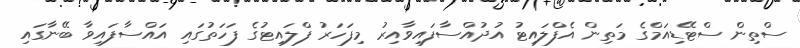
ސްތިން ސްޓޭޑިއަމްގެ މަތިން އެފްލައިޓު އުދުއްސާފައިވާއިރު މިފަހަރު ފްލައިޓުގެ ފަހަތުގައި އައްސާފައިވާ ބޭނާގައި